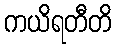
ကယိရတီတိ